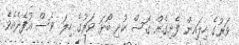
ވަރުގެ ހިލައިން ފެށިގެން ގޮސް ކުދި ބޯޅަ ވަރުގެ ހިލަ ވެސް އުފެދެއެވެ.